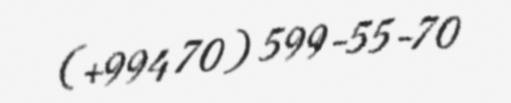
(+994 70) 599-55-70